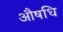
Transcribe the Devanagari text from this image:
औषधि